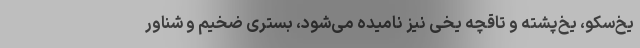
یخ‌سکو، یخ‌پشته و تاقچه یخی نیز نامیده می‌شود، بستری ضخیم و شناور